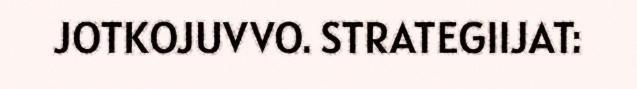
JOTKOJUVVO. STRATEGIIJAT: